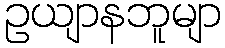
ဥယျာနဘူမျာ